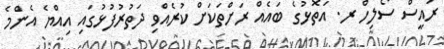
ރައީސް ސޯލިހް ރ. އަތޮޅުގެ ބައެއް ރަށްތަކަށް ކުރެއްވި ދަތުރުފުޅުގައި އިއްޔެ އެންމެ